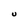
Character: U